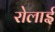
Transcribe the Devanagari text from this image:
रोलाई